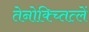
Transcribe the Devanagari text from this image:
तेनोक्च्तित्लें